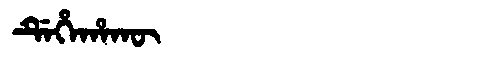
Manchu: ᡩᡝᡥᡝᡥᠠᡴᡡ
Romanization: DEHEHAKŪ